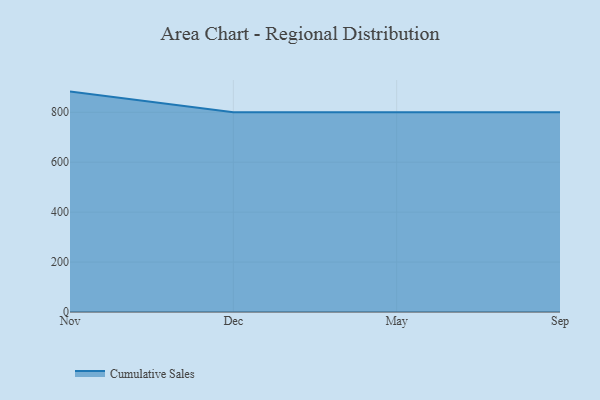
{"axis": {"x": "Month", "y": "Active Users"}, "legend": ["Cumulative Sales"], "data": [{"x": "Nov", "y": 882.8, "type": "Cumulative Sales"}, {"x": "Dec", "y": 800, "type": "Cumulative Sales"}, {"x": "May", "y": 800, "type": "Cumulative Sales"}, {"x": "Sep", "y": 800, "type": "Cumulative Sales"}]}